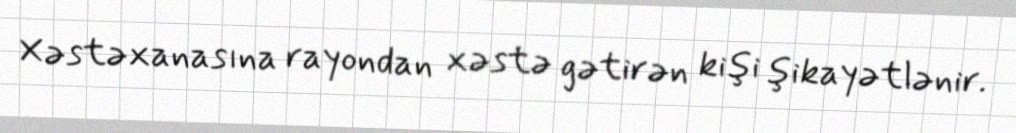
Xəstəxanasına rayondan xəstə gətirən kişi şikayətlənir.